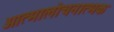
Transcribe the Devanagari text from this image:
आत्मालोचनात्मक